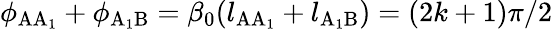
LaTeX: \phi_{\mathrm{AA_{1}}}+\phi_{\mathrm{A_{1}B}}=\beta_{0}(l_{\mathrm{AA_{1}}}+l_{\mathrm{A_{1}B}})=(2k+1)\pi/2